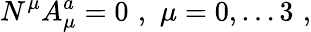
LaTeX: N^{\mu}A_{\mu}^{a}=0\, \, ,\, \, \mu=0,\dots 3\, \, ,